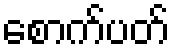
စောက်ပတ်